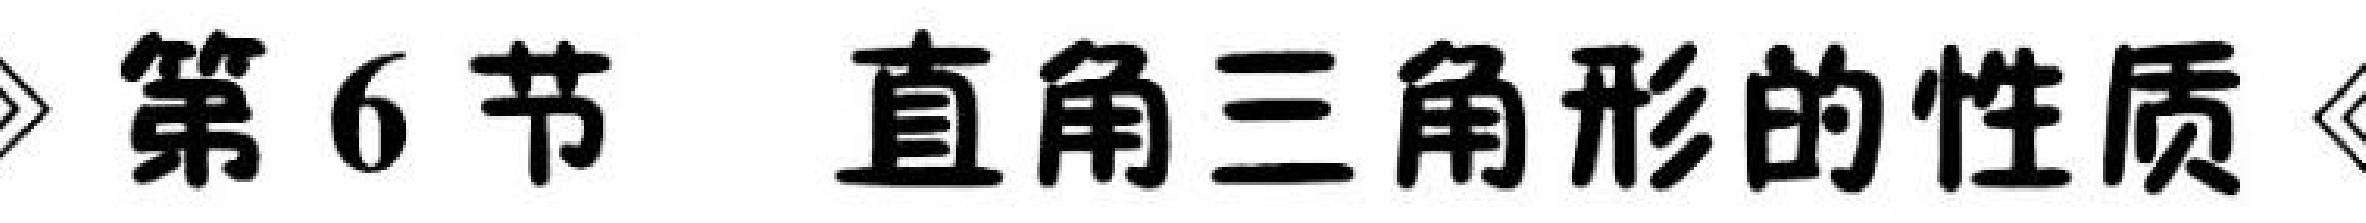
» 第6节 直角三角形的性质 «